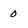
Character: 0